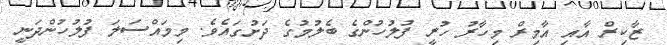
ޒާކިރް އާއި އާމިރް މިހާރު ހުރީ ފުލުހުންގެ ބެލުމުގެ ދަށުގައެވެ. މިމައްސަލަ ފުލުހުންދަނީ